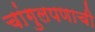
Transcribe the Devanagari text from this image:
चांगुलपणाची